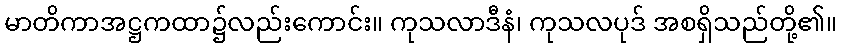
မာတိကာအဋ္ဌကထာ၌လည်းကောင်း။ ကုသလာဒီနံ၊ ကုသလပုဒ် အစရှိသည်တို့၏။